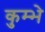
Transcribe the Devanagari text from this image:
कुम्भे